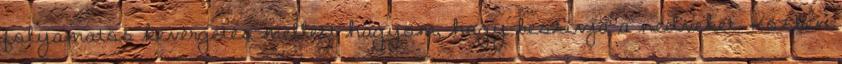
folyamatos kevergetés mellett hagyom, hogy beszívja a nedveket. Közben